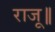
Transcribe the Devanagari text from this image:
राजू॥